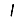
Digit: 1